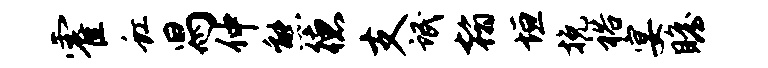
霍虹舄仲熊德支氓翰垣挽裕宴瞻